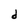
Character: d